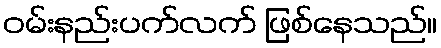
ဝမ်းနည်းပက်လက် ဖြစ်နေသည်။